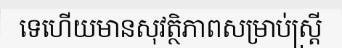
ទេហើយមានសុវត្ថិភាពសម្រាប់ស្ត្រី